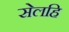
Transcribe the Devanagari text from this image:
सेलहि